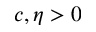
c , \eta > 0